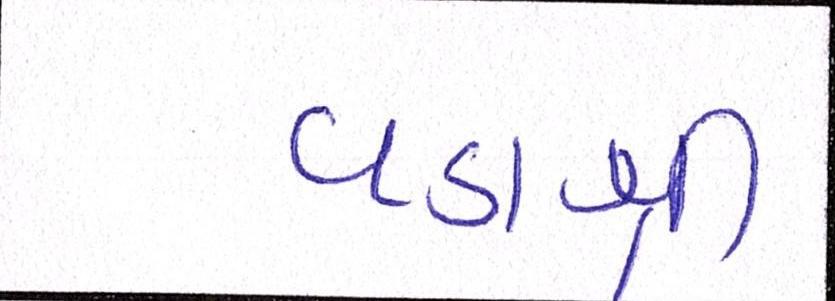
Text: વડાશ્રી